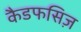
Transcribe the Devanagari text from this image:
कैडफसिज़